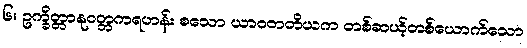
၆။ ဥက္ခိတ္တာနုဝတ္တကရဟန်း စသော ယာဝတတိယက တစ်ဆယ့်တစ်ယောက်သော